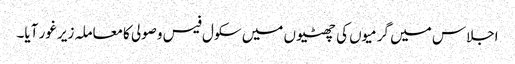
اجلاس میں گرمیوں کی چھٹیوں میں سکول فیس وصولی کامعاملہ زیر غور آیا۔